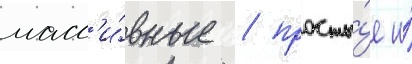
масс'и́вные / просты́е и́